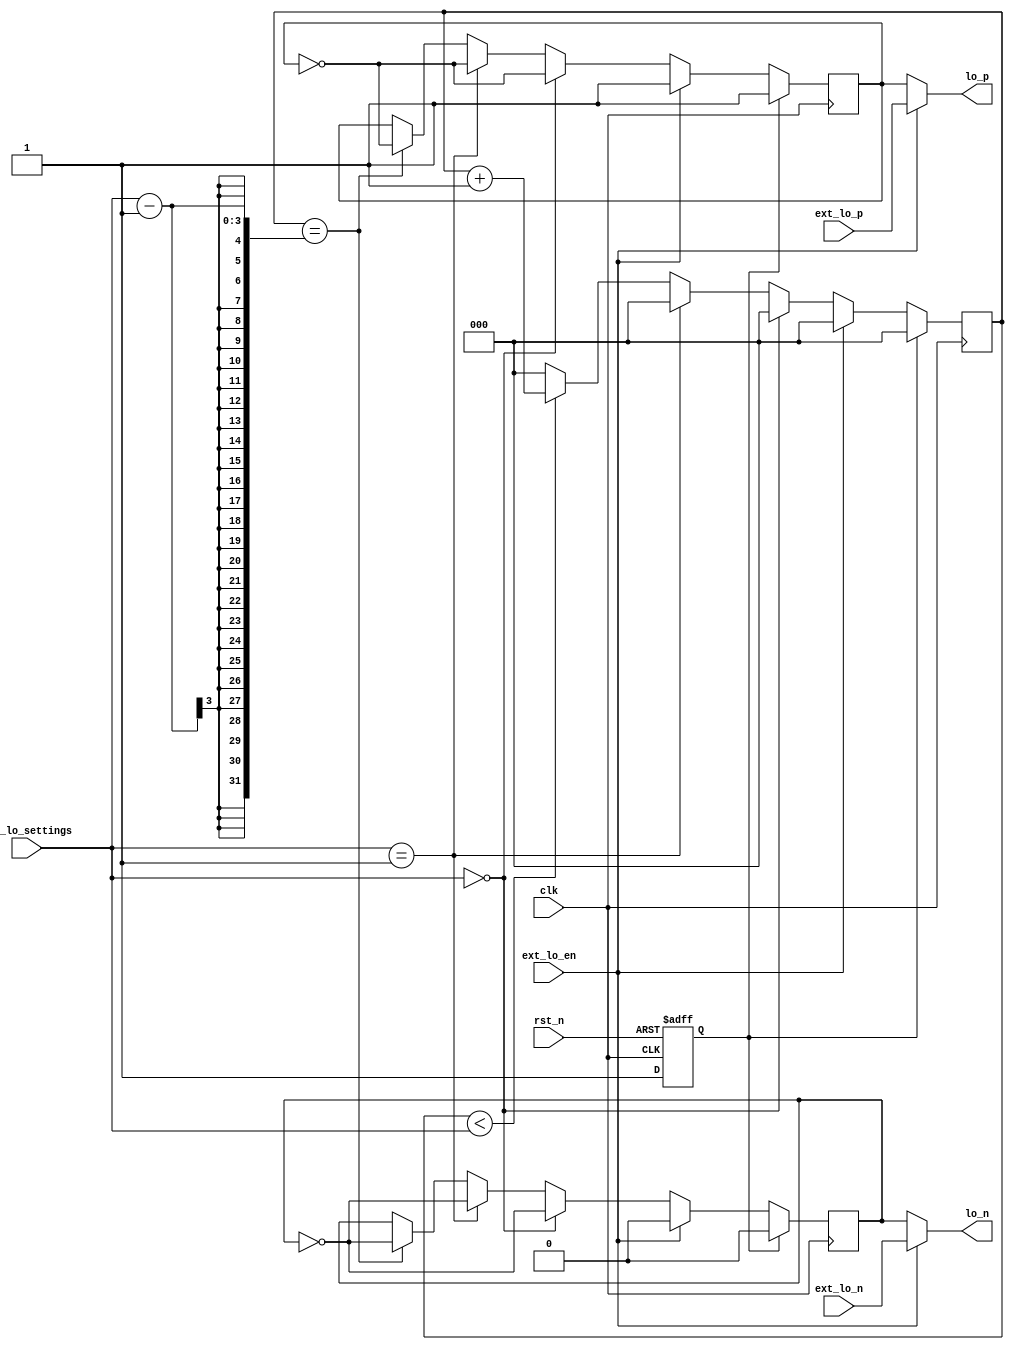
`default_nettype none

// LO routing and genration

module mixer_control (
    input  wire          clk,                // expect a 10M clock
    input  wire          rst_n,
    input  wire          ext_lo_en,          // if this is high, then LO signal comes from ui_in[]
    input  wire          ext_lo_n,           // external LO diff negative line
    input  wire          ext_lo_p,           // external LO diff positive line
    input  wire [2:0]    int_lo_settings,    // devides clock signal to generate internal LO
    output wire          lo_n,               // LO negative going to the gilbert cell
    output wire          lo_p                // LO positive going to the gilbert cell
    );

    reg       rst;
    reg       int_lo_n;
    reg       int_lo_p;
    reg [2:0] divider;

    initial begin
        $dumpfile ("mixer_control.vcd");
        $dumpvars (0, mixer_control);
    end

    // If ext_lo_en==1 => external LO in use
    // If ext_lo_en==0 => internal LO in use
    assign lo_n = ext_lo_en ? ext_lo_n : int_lo_n;
    assign lo_p = ext_lo_en ? ext_lo_p : int_lo_p;


    // reset handling
    always @(posedge clk or posedge rst_n) begin
        if(rst_n) begin
            rst     <= 1'b0;
        end
        else begin
            rst     <= 1'b1;
        end
    end

    // int_lo_settings 3'b000 => LO freq is 50.0% of clk frequency
    // int_lo_settings 3'b001 => LO freq is 50.0% of clk frequency
    // int_lo_settings 3'b010 => LO freq is 25.0% of clk frequency
    // int_lo_settings 3'b011 => LO freq is 16.6% of clk frequency
    // int_lo_settings 3'b100 => LO freq is 12.5% of clk frequency
    // int_lo_settings 3'b101 => LO freq is 10.0% of clk frequency
    // int_lo_settings 3'b110 => LO freq is  8.3% of clk frequency
    // int_lo_settings 3'b111 => LO freq is  7.1% of clk frequency

    // internal LO generation
    always @(posedge clk) begin
        if(rst) begin
            int_lo_n    <= 1'b0;
            int_lo_p    <= 1'b1;
        end
        else begin
            if (ext_lo_en == 1'b0) begin
                if(int_lo_settings == 3'b000) begin
                   int_lo_n     <= ~int_lo_n;
                   int_lo_p     <= ~int_lo_p;
                end
                else if(int_lo_settings == 3'b001) begin
                   int_lo_n     <= ~int_lo_n;
                   int_lo_p     <= ~int_lo_p;
                end
                else begin
                    if (divider == (int_lo_settings - 1)) begin
                        int_lo_n     <= ~int_lo_n;
                        int_lo_p     <= ~int_lo_p;
                    end
                end
            end
            else begin
                int_lo_n    <= 1'b0;
                int_lo_p    <= 1'b1;
            end
        end
    end

    // Internal LO frequency divider
    always @(posedge clk) begin
        if(rst) begin
            divider     <= 0;
        end
        else begin
            if (ext_lo_en == 1'b0) begin
                if(int_lo_settings == 3'b000) begin
                   divider     <= 0;
                end
                else if(int_lo_settings == 3'b001) begin
                    divider    <= 0;
                end
                else begin
                    if (divider < int_lo_settings) begin
                        divider     <= divider + 1;
                    end
                    else begin
                        divider     <= 0;
                    end
                end
            end
            else begin
                divider     <= 0;
            end
        end
    end

endmodule